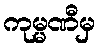
ကုမ္မဏီမှ